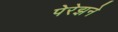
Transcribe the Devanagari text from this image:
पेरेझने